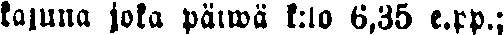
kajuna joka päiwä k:lo 6,35 e.pp.;